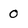
Character: 0